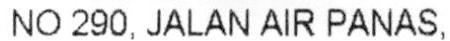
NO 290, JALAN AIR PANAS,